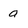
Character: a